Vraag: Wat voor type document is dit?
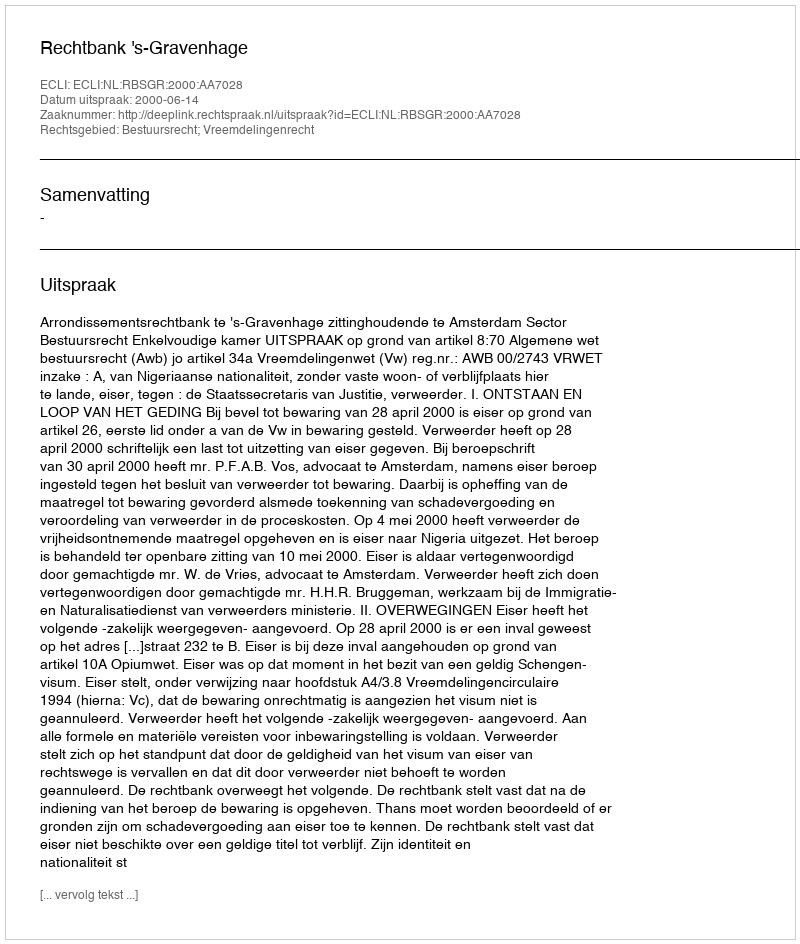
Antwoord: Uitspraak